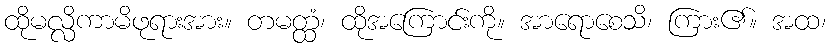
ထိုမလ္လိကာမိဖုရားအား။ တမတ္ထံ၊ ထိုအကြောင်းကို။ အာရောစေသိ၊ ကြား၏။ အထ၊